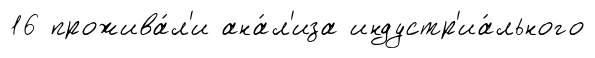
16 прожива́л'и ана́л'иза индустр'иа́льного